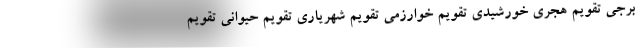
برجی تقویم هجری خورشیدی تقویم خوارزمی تقویم شهریاری تقویم حیوانی تقویم